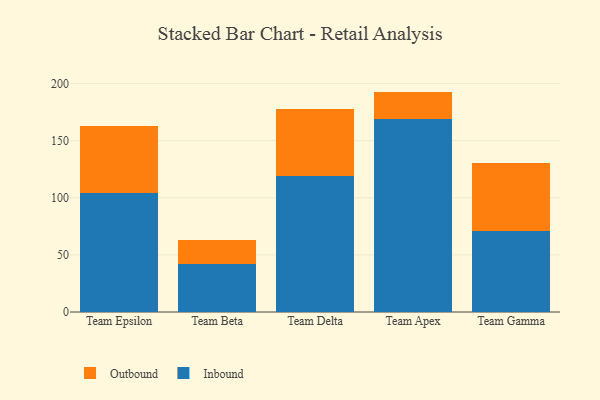
{"axis": {"x": "Team", "y": "Net Income (USD K)"}, "legend": ["Inbound", "Outbound"], "data": [{"x": "Team Epsilon", "y": 104.5, "type": "Inbound"}, {"x": "Team Epsilon", "y": 58.4, "type": "Outbound"}, {"x": "Team Beta", "y": 41.9, "type": "Inbound"}, {"x": "Team Beta", "y": 21.4, "type": "Outbound"}, {"x": "Team Delta", "y": 118.9, "type": "Inbound"}, {"x": "Team Delta", "y": 58.7, "type": "Outbound"}, {"x": "Team Apex", "y": 168.6, "type": "Inbound"}, {"x": "Team Apex", "y": 24.4, "type": "Outbound"}, {"x": "Team Gamma", "y": 70.8, "type": "Inbound"}, {"x": "Team Gamma", "y": 59.3, "type": "Outbound"}]}